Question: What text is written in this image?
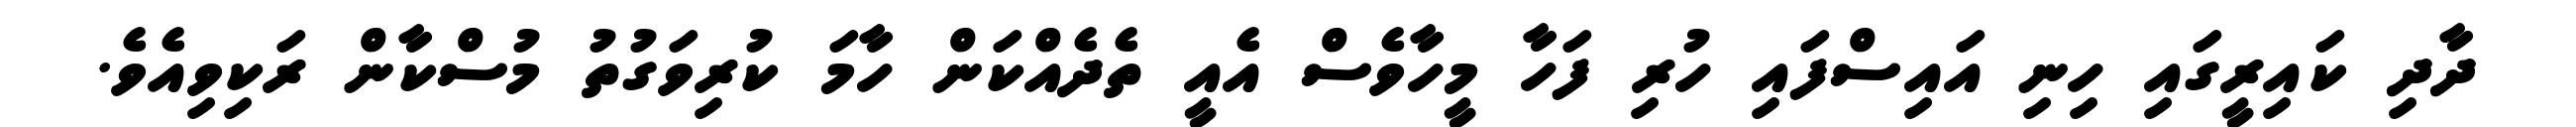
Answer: ދާދި ކައިރީގައި ހިނި އައިސްފައި ހުރި ފަހާ މީހާވެސް އެއީ ތެދެއްކަން ހާމަ ކުރިވަގުތު މުސްކާން ރަކިވިއެވެ.